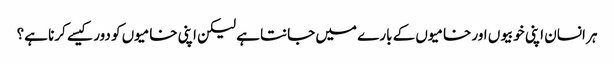
ہر انسان اپنی خوبیوں اور خامیوں کے بارے میں جانتا ہے لیکن اپنی خامیوں کو دور کیسے کرنا ہے؟